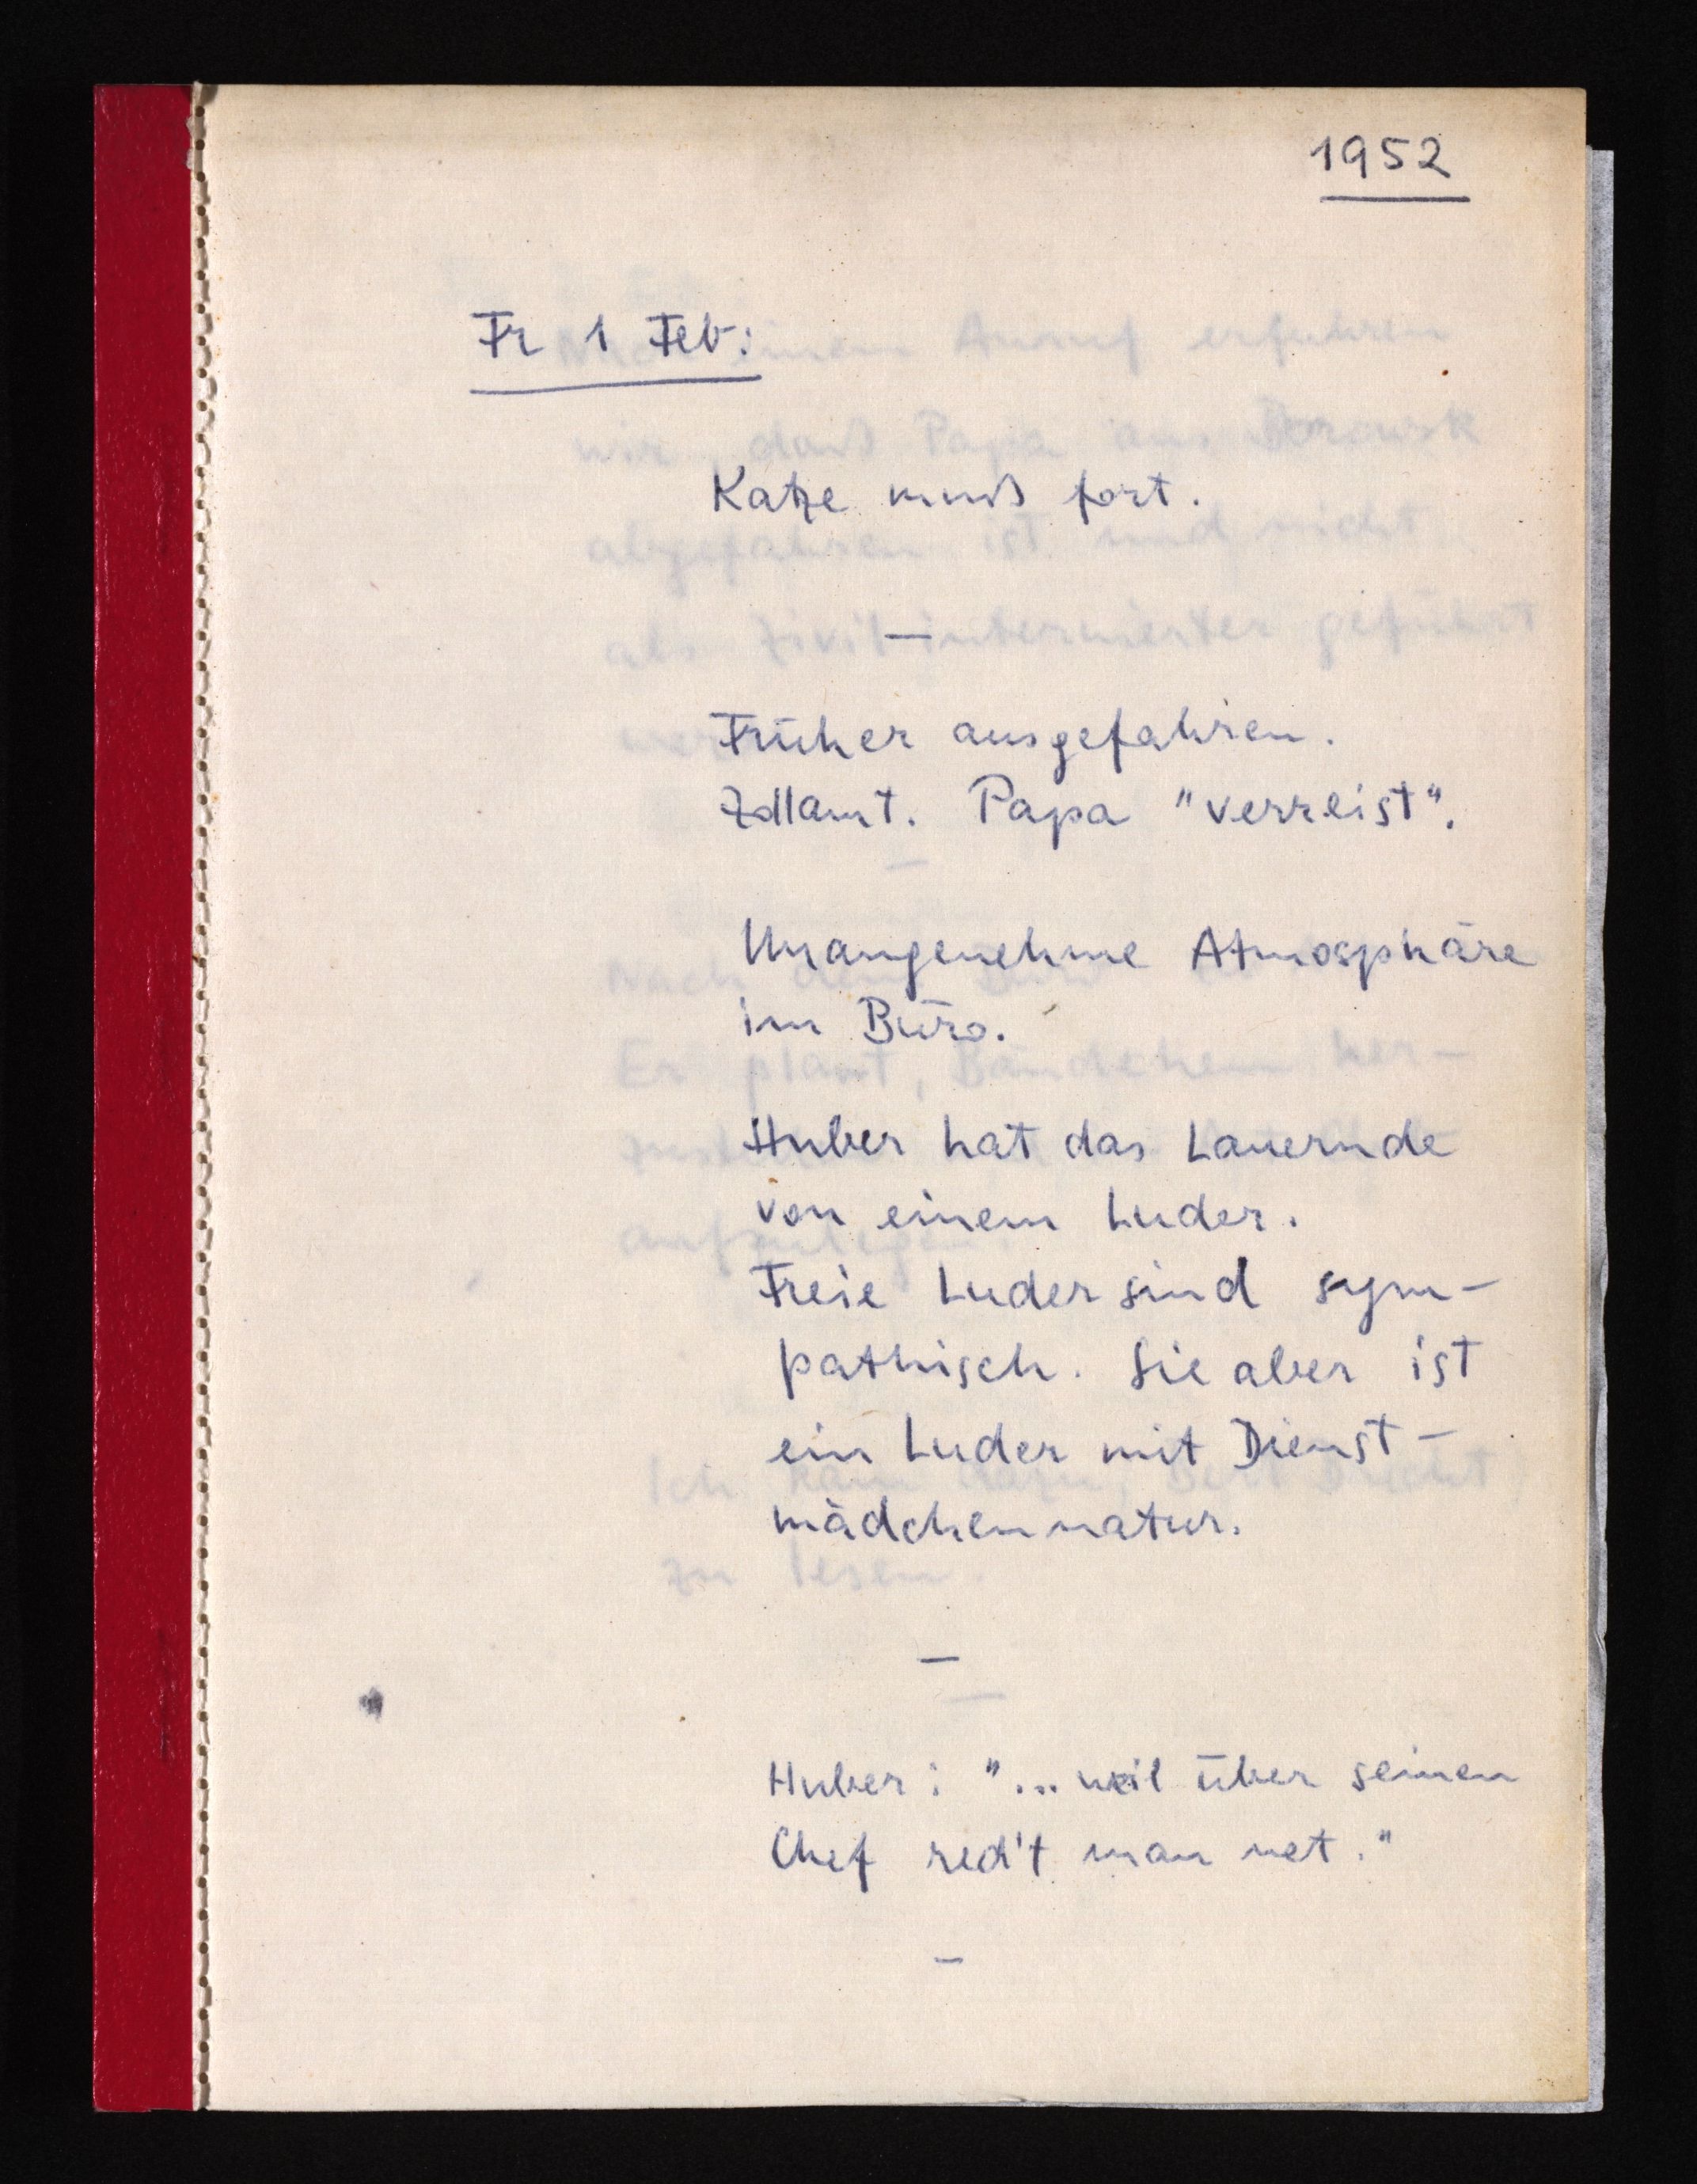
1952
Fr 1 Feb:
Katze muß fort.
Früher ausgefahren.
Zollamt. Papa "verreist".
Unangenehme Atmosphäre
im Büro.
Huber hat das Lauernde
von einem Luder.
Freie Luder sind sym¬
pathisch. Sie aber ist
ein Luder mit Dienst¬
mädchennatur.
Huber: "... weil über seinen
Chef red't man net."